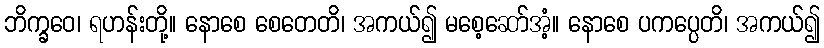
ဘိက္ခဝေ၊ ရဟန်းတို့။ နောစေ စေတေတိ၊ အကယ်၍ မစေ့ဆော်အံ့။ နောစေ ပကပ္ပေတိ၊ အကယ်၍